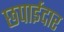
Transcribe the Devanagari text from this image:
छपाईदार